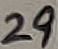
Text: 29